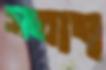
সত্যং